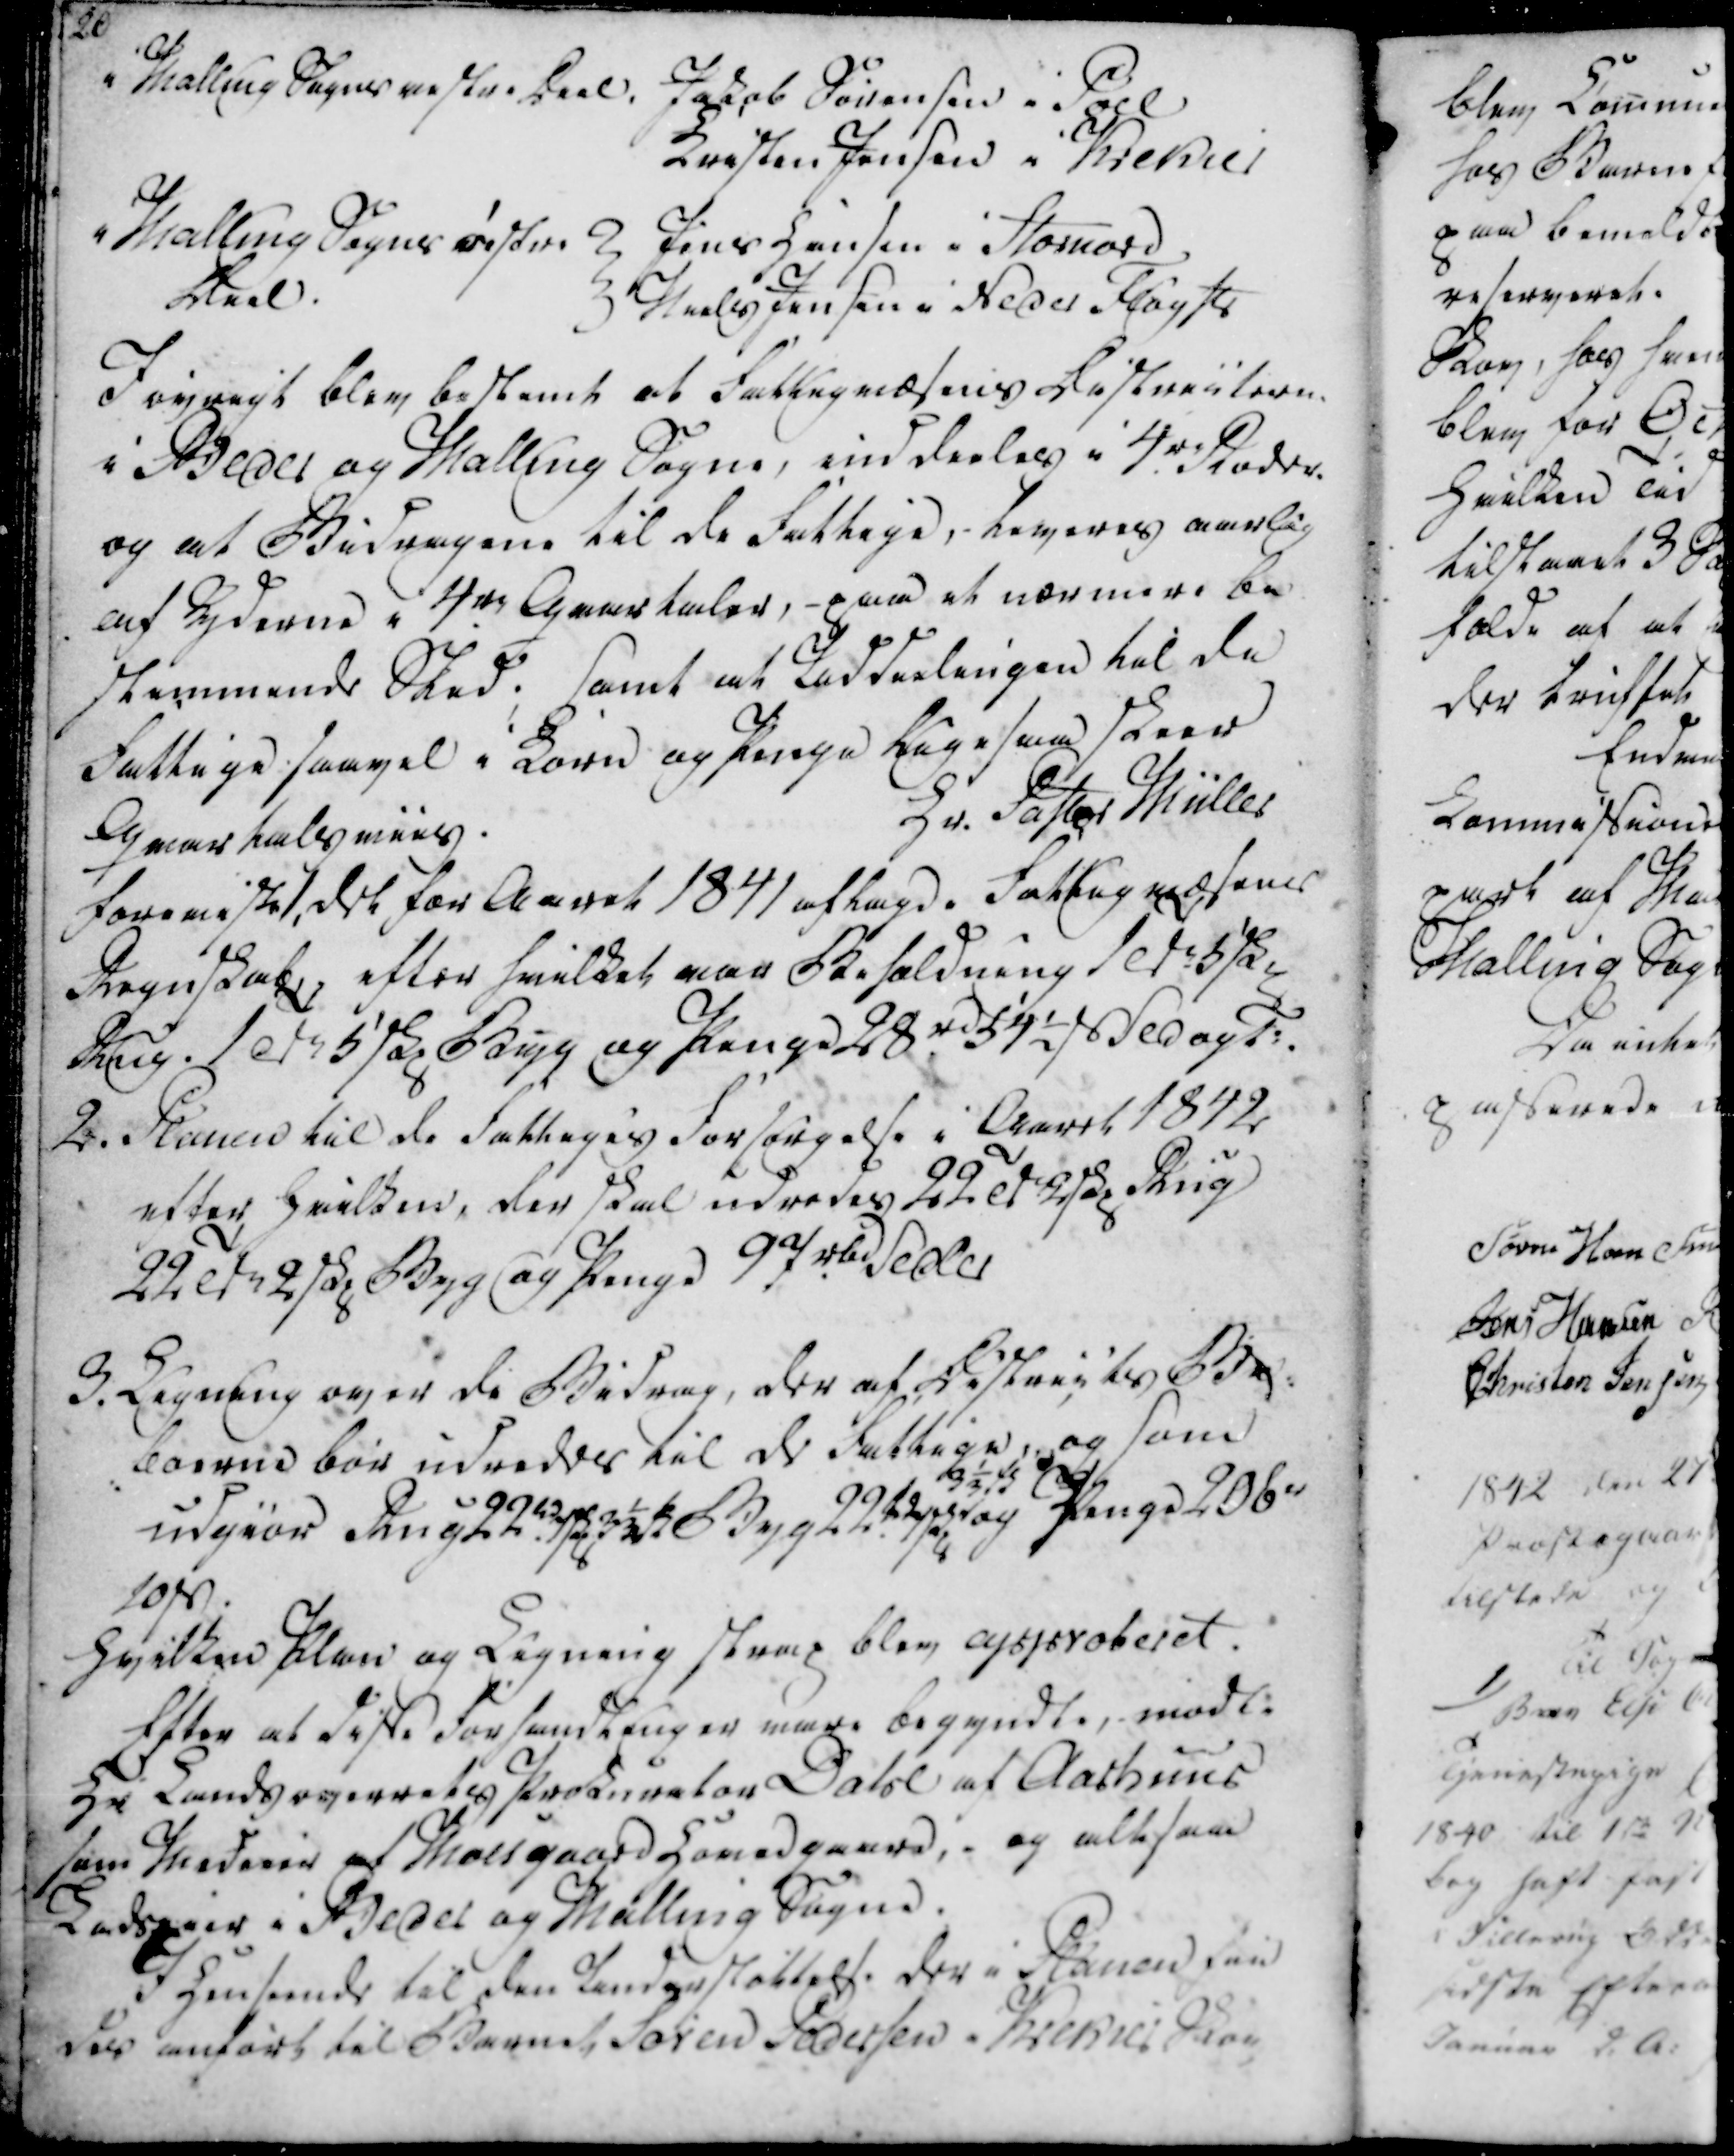
Transskription:
i Malling Sogns vestre Daal.
Jakob Sørensen i Pøel
Kristen Jensen i Krekier

i Malling Sogns østre
Deel.
Jens Hansen i Stornord
Niels Jensen i Neder Fløyst

Iøvrigt blev bestemt at Fattigvæsens Besturelsen
i Beder og Malling Sogne, inddeeles i 4de Roder
og at Bidragene til de Fattige, leveres aarlig
af Byderne i 4de Gaastaler, - paa et nærmere be
stemmende Sted. Samt at Uddeelingen til de
Fattige saavel i Korn og Penge Ligesaa skeer
Quartalsviis.
Hr. Pastor Müller
foreviste 1. det for Aaret 1841 aftagde fattigvæsens
Regnskab, efter hvilket var Beholdning 1Td 5 skz
Rug. 1Td 5 skz Byg og Penge 28rd 54 ⅟~ st sedagt:
2. Planen til de fattiges forsørgelse i Aaret 1842
efter hvilken, der skal udredes 22 Td 2skz Rug
22 Td 2 skz Byg og Penge 97rd Seder

3. Legning over de Bidrag, der af Besturets Be- 
boerne bør udredes til de Fattige, og som
udgiør Aug 22de. 7skz 3 ⅓ skz Byg 22 skztag 3 ⅓ skz Penge 206 r
10 sd.

Hvilken Plan og Ligning strag blev approberet.

Efter at disse forhandlinger vare begyndte mødte
Hr Landseverrets Prokurator Dolse af Aarhuus
som Medeier af Molsgaard Hovedgaard, og altsaa
Ladseier i Beder og Malling Sogne.
I Henseende til den Understøttelse der i Planen fin
des anføres til Barnet Søren Pedersen - Krekrær Skou